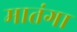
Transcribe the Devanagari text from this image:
मातंगा